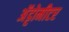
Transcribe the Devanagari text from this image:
अॅट्टोमीटर